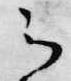
云